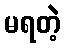
မရတဲ့